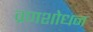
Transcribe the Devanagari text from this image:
व्रणशोधन